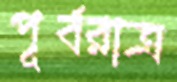
পূর্বরাত্র